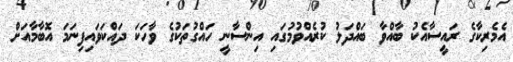
އެމެރިކާގެ ރައީސާއެކު ބާއްވާ ބައްދަލު ކުރެއްވުމުގައި އިންސާނީ ހައްގުތަކުގެ ވާހަކަ ދައްކަވައިފިނަމަ އޮބާމާއަށް